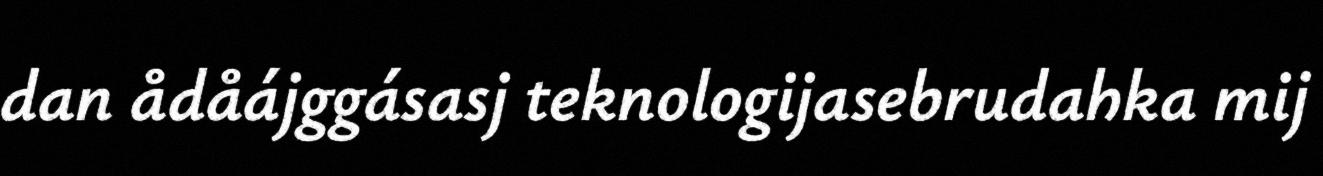
dan ådåájggásasj teknologijasebrudahka mij